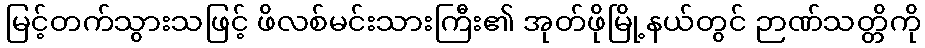
မြင့်တက်သွားသဖြင့် ဖိလစ်မင်းသားကြီး၏ အုတ်ဖိုမြို့နယ်တွင် ဉာဏ်သတ္တိကို